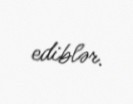
ediblər.